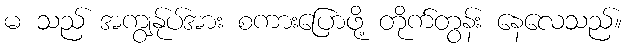
မ သည် အကျွန်ုပ်အား စကားပြောဖို့ တိုက်တွန်း နေလေသည်။